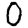
Digit: 0